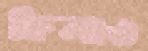
কিলাও